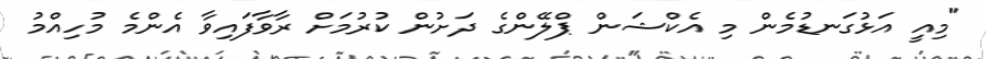
"މިއީ އަޅުގަނޑުމެން މި އެކްޝަން ޕްލޭންގެ ދަށުން ކުރުމަށް ރާވާފައިވާ އެންމެ މުހިއްމު